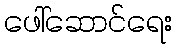
ဖေါ်ဆောင်ရေး